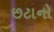
છટાનો